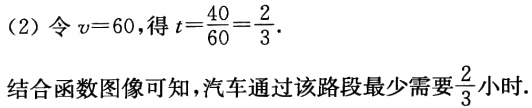
（2）令 \(v = 60\)，得 \(t=\frac{40}{60}=\frac{2}{3}\).
结合函数图像可知，汽车通过该路段最少需要\(\frac{2}{3}\)小时.